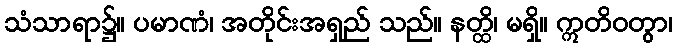
သံသာရာ၌။ ပမာဏံ၊ အတိုင်းအရှည် သည်။ နတ္ထိ၊ မရှိ။ ဣတိဝတွာ၊